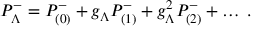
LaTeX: P _ { \Lambda } ^ { - } = P _ { ( 0 ) } ^ { - } + g _ { \Lambda } P _ { ( 1 ) } ^ { - } + g _ { \Lambda } ^ { 2 } P _ { ( 2 ) } ^ { - } + \dots \; .